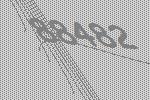
88482